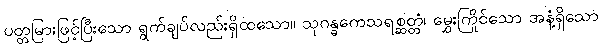
ပတ္တမြားဖြင့်ပြီးသော ရွက်ချပ်လည်းရှိထသော။ သုဂန္ဓကေသရစ္ဆတ္တံ၊ မွှေးကြိုင်သော အနံ့ရှိသော